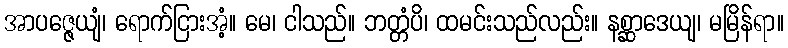
အာပဇ္ဇေယျံ၊ ရောက်ငြားအံ့။ မေ၊ ငါသည်။ ဘတ္တံပိ၊ ထမင်းသည်လည်း။ နစ္ဆာဒေယျ၊ မမြိန်ရာ။